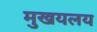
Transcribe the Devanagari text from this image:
मुखयलय